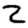
Digit: 2